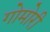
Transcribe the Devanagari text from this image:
गोमोरी